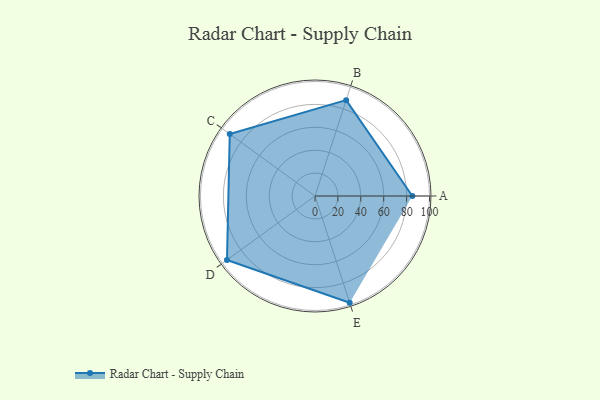
{"axis": {"x": "Skill", "y": "Score"}, "legend": ["Profile"], "data": [{"x": "A", "y": 85.0, "type": "Profile"}, {"x": "B", "y": 88.0, "type": "Profile"}, {"x": "C", "y": 92.0, "type": "Profile"}, {"x": "D", "y": 95.0, "type": "Profile"}, {"x": "E", "y": 98.0, "type": "Profile"}]}